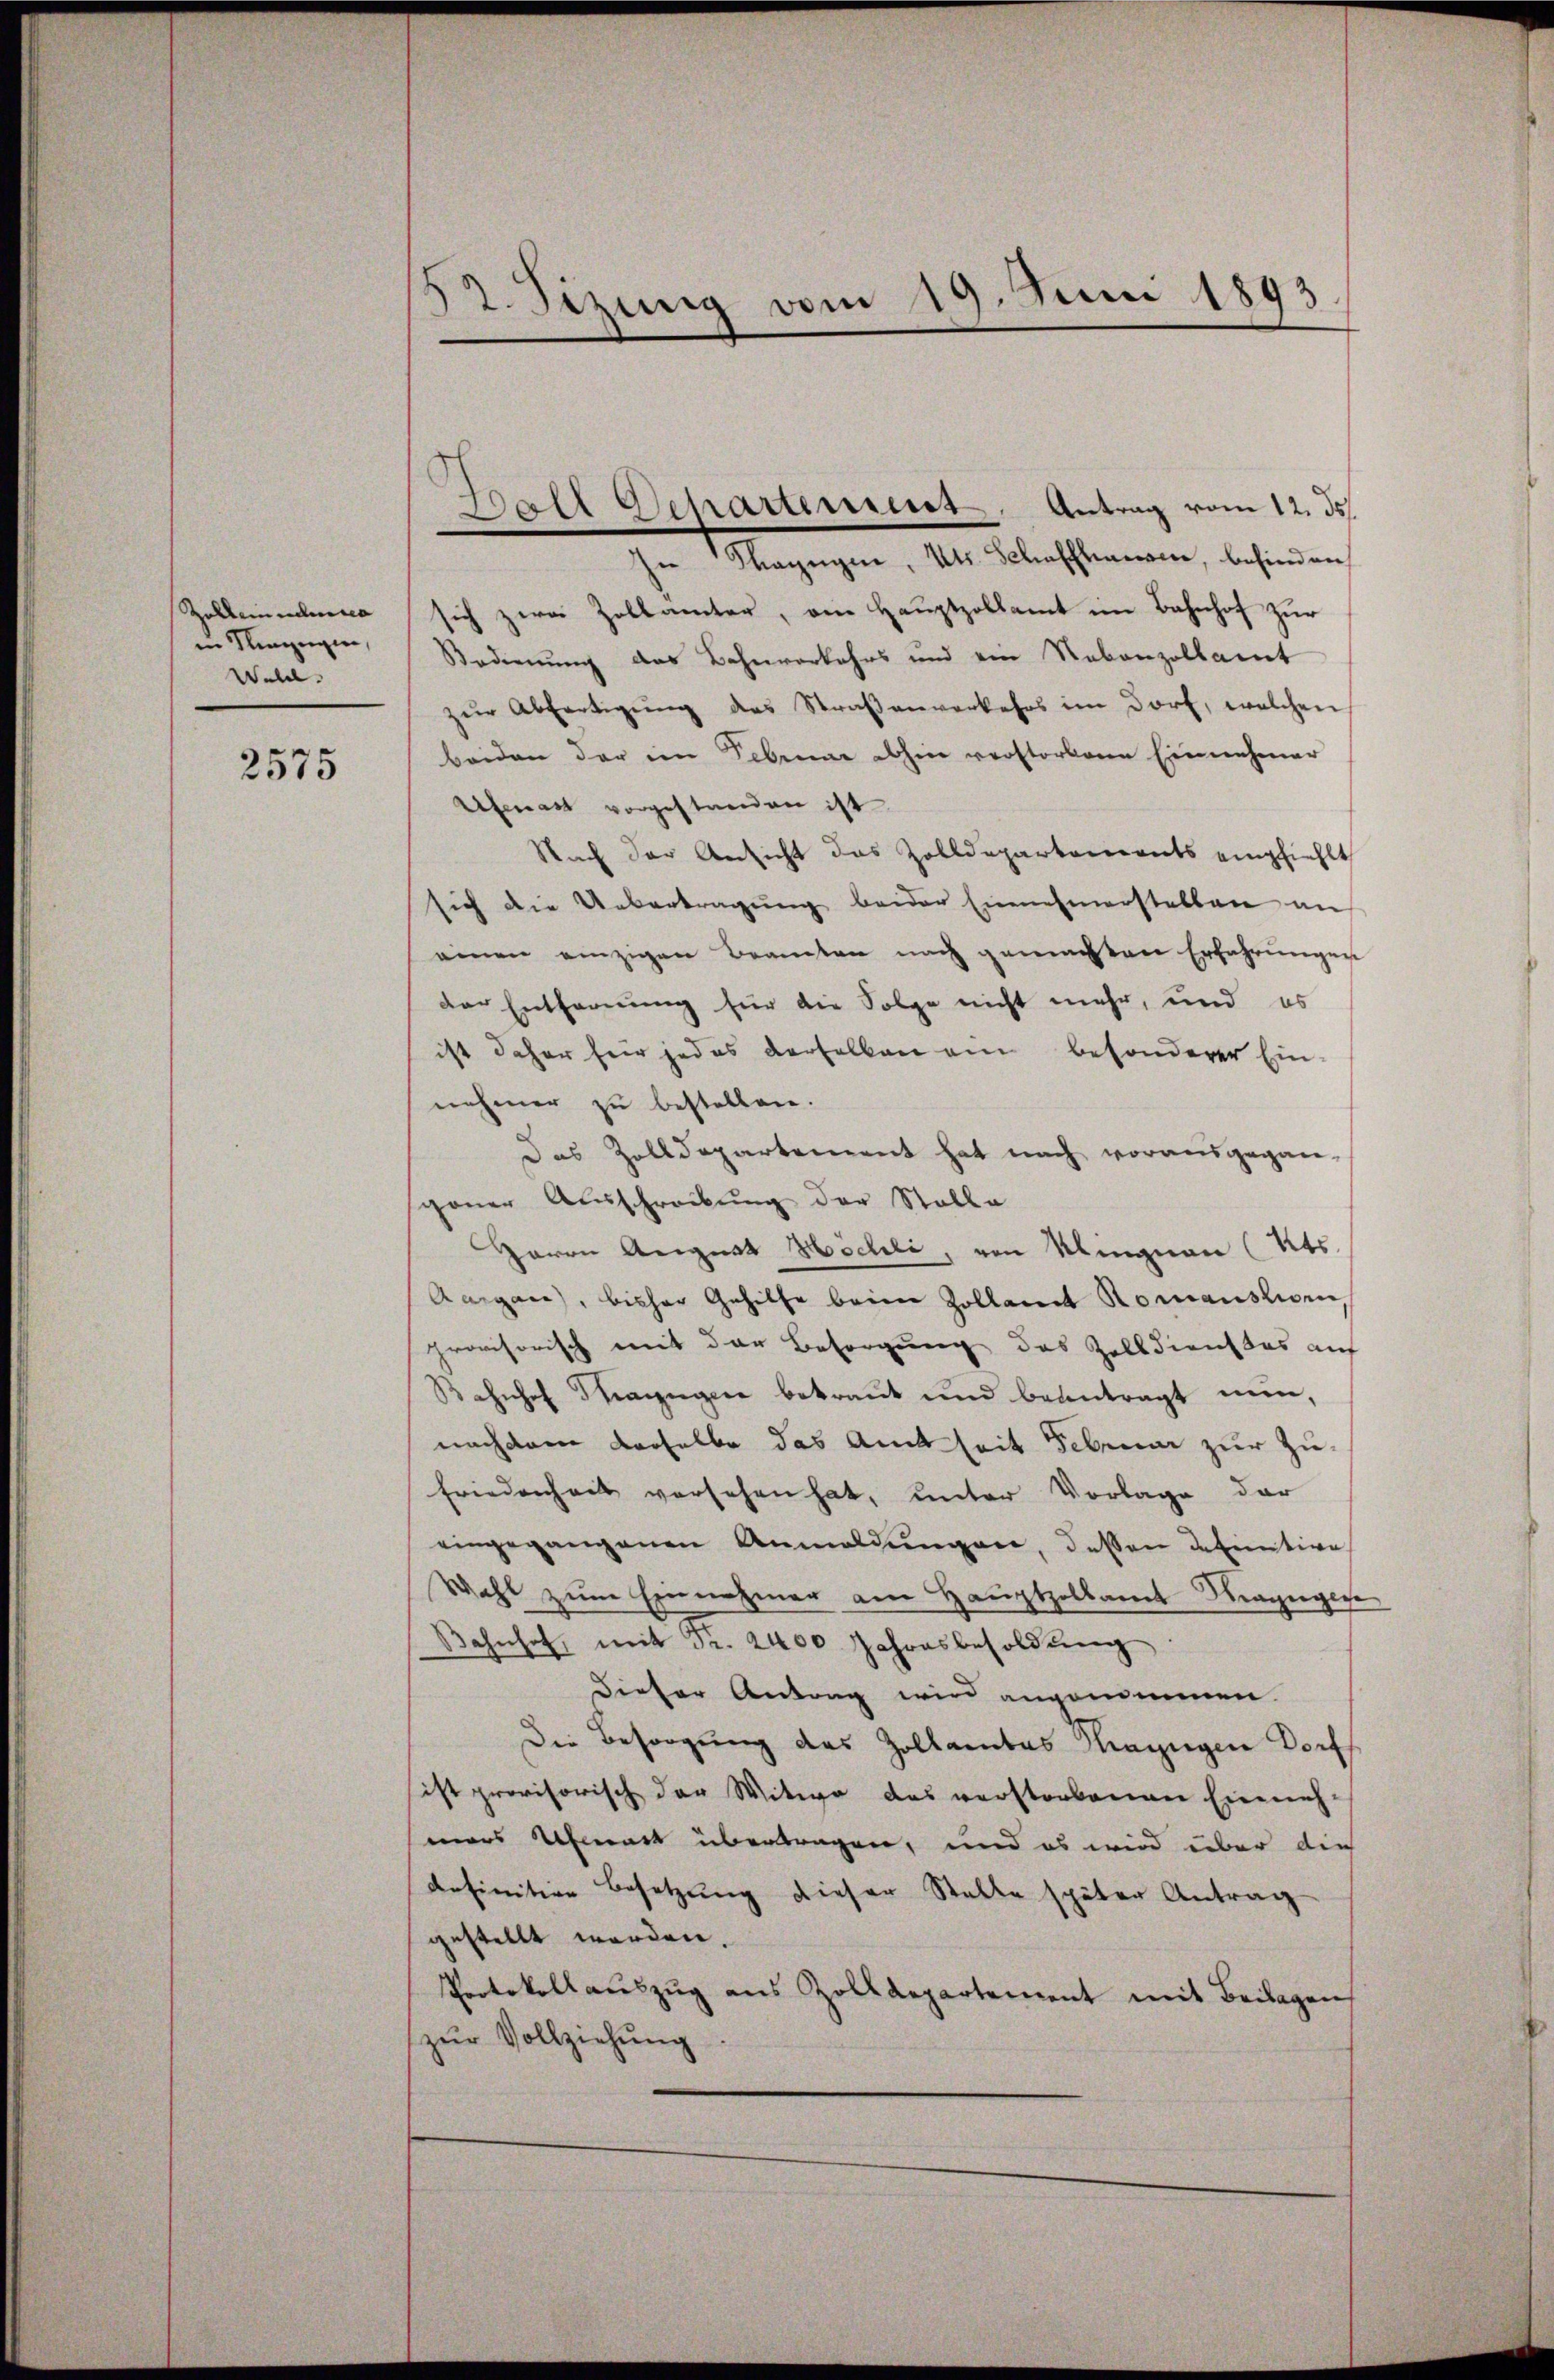
Zolbeinandera
in Ringegen,
Wolle.

2575

52. Sizung vom 19. Juni 1893

Ball Separteniert. Antrag vom 12. ds.
In Mangen, Kts. Schaffen, befinden

sich zwei Zollämter, ain Hauptzollamt im Bahnhof zur
Bedienung das Bahnverkehrs und ein Rebenzollamt
zŭr Abfertigŭng des Straβenverkehrs im Dorf, welchen
beiden der im Februar dohin verstorbene Einnehmer
Afenart vorgestanden ist
Nach der Ansicht das Zolldepartements empfiehlt
sich die Uebertragung beider Einnehmerstellen an
einen einzigen Branten nach gemachten Erfahrungen
der Entfernung für die Folge nicht mehr, und es
ist daher für jedes derselben ein besonderer Ein-
nehmer zu bestellen.
Das Zolldepartement hat nach vorausgegan-
goner Ausschreibung der Stalle
Herrn August Hochli, von Klingnau (Kts.
Aargare, bisher Gehilfe beim Zollant Romanshorn,
provisorisch mit der Besorgung des Zolldienstes auf
Bahnhof Stangere betraŭt und beantragt nun,
nachdem derselbe das Amtseit Februar zur Zu¬
Friedenheit versehen hat, unter Vorlage der
eingegangenen Anmeldungen, dessen darnative
Wahl zum Einnahmer am Hauptzollamt Kragengese
Bahnhof, mit Fr. 2400 Jahresbesoldŭng
dieser Antrag wird angenommen.
Die Besorgung des Zollamtes Magigen Dorfs
sist provisorisch der Witwe des verstorbenen Einneh-
mars benach übertragen, und es wird über die
definition Besetzung dieser Stelle später Antrag
gestellt werden.
Protokollauszug aus Zolldepartement mit Beilagen
zŭr Vollziehung